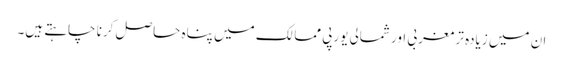
ان میں زیادہ تر مغربی اور شمالی یورپی ممالک میں پناہ حاصل کرنا چاہتے ہیں۔